Lock hospitals Punjab
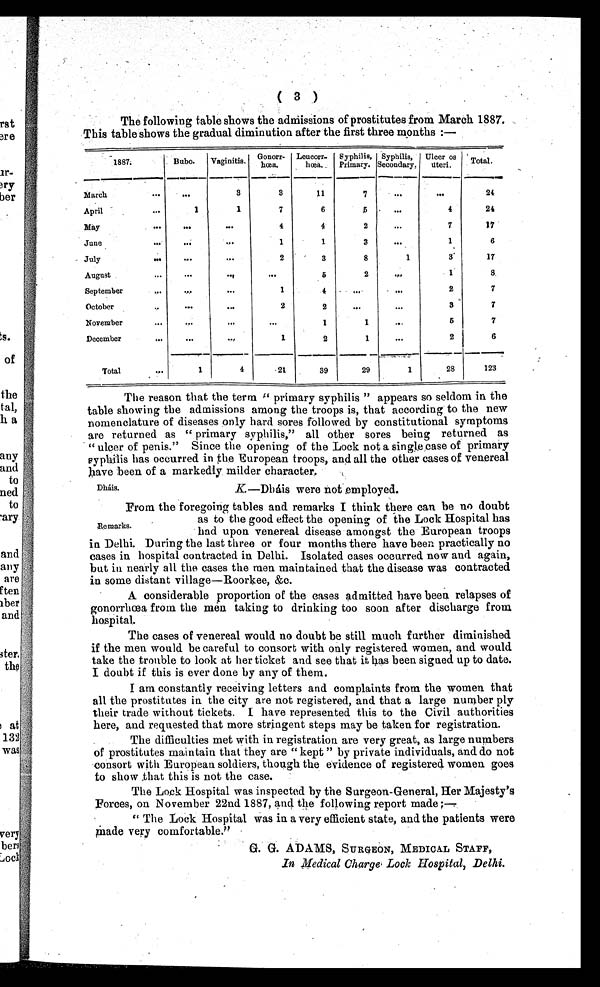
K—Dháis were not employed.
( 3 )
The following table shows the admission of prostitutes from March 1887.
This table shows the gradual diminution after the first three months:—
1887.
Bubo.
Vaginitis. Gonorr-
hœa.
Leucorr-
h œ a .
Syphilis,
Primary.
Syphilis,
Secondary.
Ulcer os
uteri.
Total.
March
. . .
. . .
3
3
11
7
. . .
. . .
24
April
. . .
1
1
7
6
5
. . .
4
24
May
. . .
. . .
. . .
4
4
2
...
7
17
June
. . .
. . . . . .
1
1
3
. . .
1
6
July
. . .
. . .
. . .
2
3
8
1
3
17
August
...
. . .
. . .
. . .
5
2
. . .
1
8
September
...
. . .
...
1
4
...
. . .
2
7
October
. . .
...
...
2
2
. . . ...
3
7
November
. . .
...
...
...
1
1
...
5
7
December
. . .
...
. . .
1
2
1
. . .
2
6
Total
. . .
1
4
21
39
29
1
28
123
The reason that the term " primary syphilis " appears so seldom in the
table showing the admissions among the troops is, that according to the new
nomenclature of diseases only hard sores followed by constitutional symptoms
are returned as " primary syphilis," all other sores being returned as
" ulcer of penis." Since the opening of the Lock not a single case of primary
syphilis has occurred in the European troops, and all the other cases of venereal
have been of a markedly milder character.
From the foregoing tables and remarks I think there can be no doubt
as to the good effect the opening of the Lock Hospital has
had upon venereal disease amongst the European troops
in Delhi. During the last three or four months there have been practically no
cases in hospital contracted in Delhi. Isolated cases occurred now and again,
but in nearly all the cases the men maintained that the disease was contracted
in some distant village—Roorkee, &c.
A considerable proportion of the cases admitted have been relapses of
gonorrhœa from the men taking to drinking too soon after discharge from
hospital.
The cases of venereal would no doubt be still much further diminished
if the men would be careful to consort with only registered women, and would
take the trouble to look at her ticket and see that it has been signed up to date.
I doubt if this is ever done by any of them.
I am constantly receiving letters and complaints from the women that
all the prostitutes in the city are not registered, and that a large number ply
their trade without tickets. I have represented this to the Civil authorities
here, and requested that more stringent steps may be taken for registration.
The difficulties met with in registration are very great, as large numbers
of prostitutes maintain that they are "kept" by private individuals, and do not
consort with European soldiers, though the evidence of registered women goes
to show that this is not the case.
The Lock Hospital was inspected by the Surgeon-General, Her Majesty's
Forces, on November 22nd 1887, and the following report made:—
"The Lock Hospital was in a very efficient state, and the patients were
made very comfortable."
Remarks.
G. G. ADAMS, SURGEON, MEDICAL STAFF,
I n M e d i c a l C h a r g e L o c k H o s p i t a l , D e l h i .